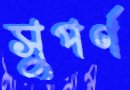
সুপর্ণ